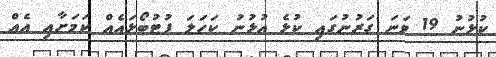
ކުޅުނު 19 ވަނަ ގަރުނުގައި ކުޅެ އުޅުނު ކަހަލަ ފުޓުބޯޅައެއް ކަމަށާއި އެއް